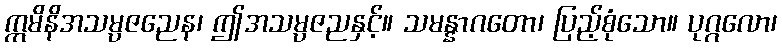
ဣမိနိအသမ္ပဇညေန၊ ဤအသမ္ပဇညနှင့်။ သမန္နာဂတော၊ ပြည့်စုံသော။ ပုဂ္ဂလော၊